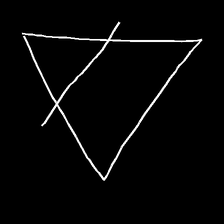
Glyph: empower